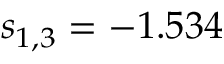
s _ { 1 , 3 } = - 1 . 5 3 4